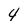
Character: 4